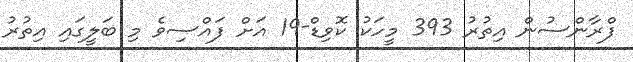
ފްރާންސުން އިތުރު 393 މީހަކު ކޮވިޑް-19 އަށް ފައްސިވެ މި ބަލީގައި އިތުރު